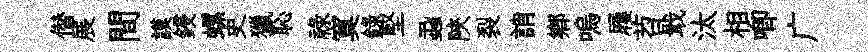
僣展間謨鋟螺史獵恥祿寞録堅蝨陝裂誚鄉嗚屨苕戢汰相唧广